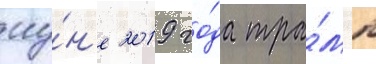
иу́н'е 2019 го́да тра́мп